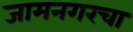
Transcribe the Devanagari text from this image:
जामनगरचा